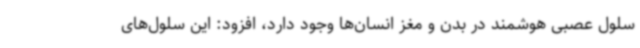
سلول عصبی هوشمند در بدن و مغز انسان‌ها وجود دارد، افزود: این سلول‌های